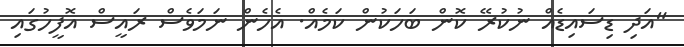
"އަދި ޑިސައިޑެއް ނުކުރޭ ކޮން ބަހަކުން ކަމެއް. އެހެން ނަމަވެސް ރައީސް އޮފީހުގައި